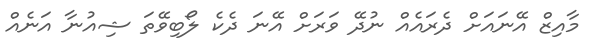
މާއިޒް އޭނައަށް ދެރައެއް ނުދޭ ވަރަށް އޭނަ ދެކެ ލޯބިވޭތަ ޝިއުނާ އަނެއް